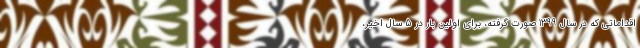
اقداماتی که در سال 1399 صورت گرفته، برای اولین بار در 5 سال اخیر،